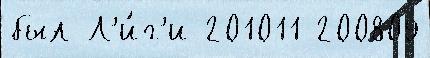
был Л'и́г'и 201011 200809